Annual administration and progress report of the Indian Medical Department, Bombay
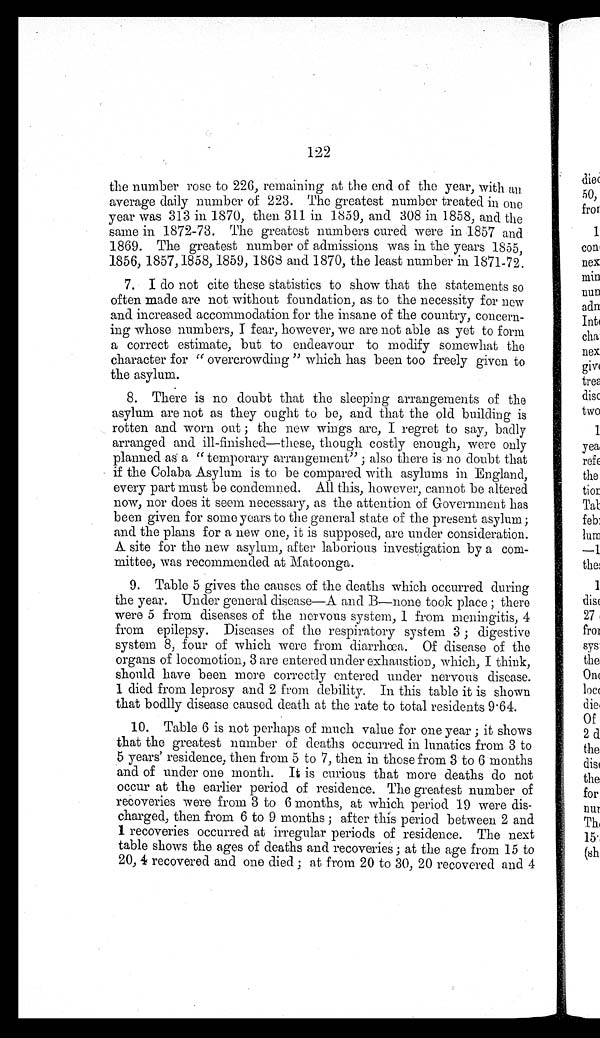
122
the number rose to 226, remaining at the end of the year, with an
average daily number of 223. The greatest number treated in One
year was 313 in 1870, then 311 in 1859, and 308 in 1858, and the
same in 1872-73. The greatest numbers cured were in 1857 and
1869. The greatest number of admissions was in the years 1855,
1856, 1857, 1858, 1859, 1868 and 1870, the least number in 1871-72.
7 . I d o n o t c i t e t h e s e s t a t i s t i c s t o s h o w t h a t t h e s t a t e m e n t s s o
often made are not without foundation, as to the necessity for new
and increased accommodation for the insane of the country, concern
- i n g w h o s e n u m b e r s , I f e a r , h o w e v e r , w e a r e n o t a b l e a s y e t t o f o r m
a correct estimate, but to endeavour to modify somewhat the
character for "overcrowding" which has been too freely given to
the asylum.
8 . T h e r e i s n o d o u b t t h a t t h e s l e e p i n g a r r a n g e m e n t s o f t h e
asylum are not as they ought to be, and that the old building is
rotten and worn out ; the new wings are, I regret to say, badly
arranged and ill-finished—these, though costly enough, were only
planned as a "temporary arrangement" ; also there is no doubt that
if the Colaba Asylum is to be compared with asylums in England,
every part must be condemned. All this, however, cannot be altered
now, nor does it seem necessary, as the attention of Government has
been given for some years to the general state of the present asylum ;
and the plans for a new one, it is supposed, are under consideration.
A site for the new asylum, after laborious investigation by a com
- m i t t e e , w a s r e c o m m e n d e d a t M a t o o n g a .
9 . T a b l e 5 g i v e s t h e c a u s e s o f t h e d e a t h s w h i c h o c c u r r e d d u r i n g
the year. Under general disease—A and B—none took place ; there
were 5 from diseases of the nervous system, 1 from meningitis, 4
from epilepsy. Diseases of the respiratory system 3 ; digestive
system 8, four of which were from diarrhœa. Of disease of the
organs of locomotion, 3 are entered under exhaustion, which, I think,
should have been more correctly entered under nervous disease.
1 d i e d f r o m l e p r o s y a n d 2 f r o m d e b i l i t y . I n t h i s t a b l e i t i s s h o w n
that bodlly disease caused death at the rate to total residents 9.64.
1 0 . T a b l e 6 i s n o t p e r h a p s o f m u c h v a l u e f o r o n e y e a r ; i t s h o w s
that the greatest number of deaths occurred in lunatics from 3 to
5 years' residence, then from 5 to 7, then in those from 3 to 6 months
and of under one month. It is curious that more deaths do not
occur at the earlier period of residence. The greatest number of
recoveries were from 3 to 6 months, at which period 19 were dis
- c h a r g e d , t h e n f r o m 6 t o 9 m o n t h s ; a f t e r t h i s p e r i o d b e t w e e n 2 a n d
1 r e c o v e r i e s o c c u r r e d a t i r r e g u l a r p e r i o d s o f r e s i d e n c e . T h e n e x t
table shows the ages of deaths and recoveries ; at the age from 15 to
20, 4 recovered and one died ; at from 20 to 30, 20 recovered and 4